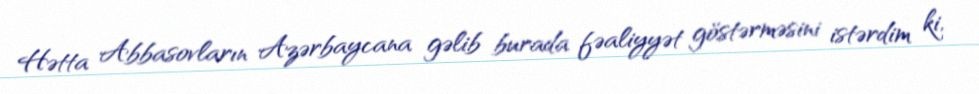
Hətta Abbasovların Azərbaycana gəlib burada fəaliyyət göstərməsini istərdim ki,